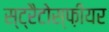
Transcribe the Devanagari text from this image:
स्ट्रैटोस्फ़ीयर